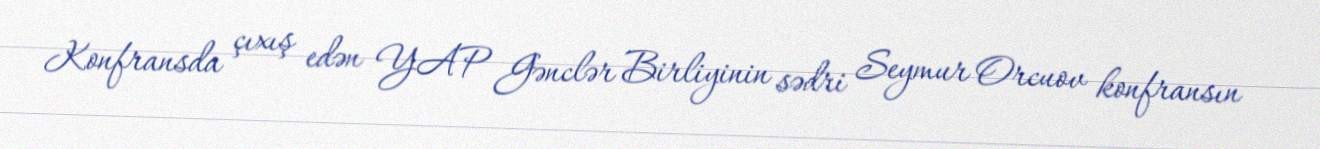
Konfransda çıxış edən YAP Gənclər Birliyinin sədri Seymur Orcuov konfransın